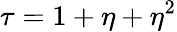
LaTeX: \tau=1+\eta+\eta^{2}